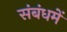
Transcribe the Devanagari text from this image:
संबंधमें